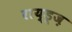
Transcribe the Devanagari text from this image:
राय्ड्ज़